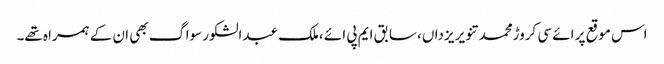
اس موقع پر ائے سی کروڑمحمد تنویر یزداں ،سابق ایم پی ائے ،ملک عبدالشکور سواگ بھی ان کے ہمراہ تھے۔